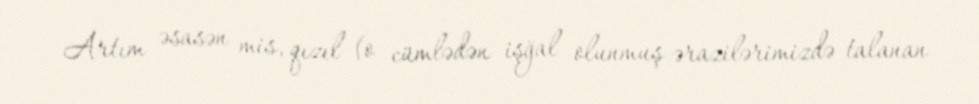
Artım əsasən mis, qızıl (o cümlədən işğal olunmuş ərazilərimizdə talanan